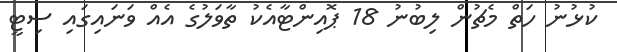
ކުޅުނު ހަތް މެޗުން ލިބުނު 18 ޕޮއިންޓާއެކު ތާވަލުގެ އެއް ވަނައިގައި ސިޓީ